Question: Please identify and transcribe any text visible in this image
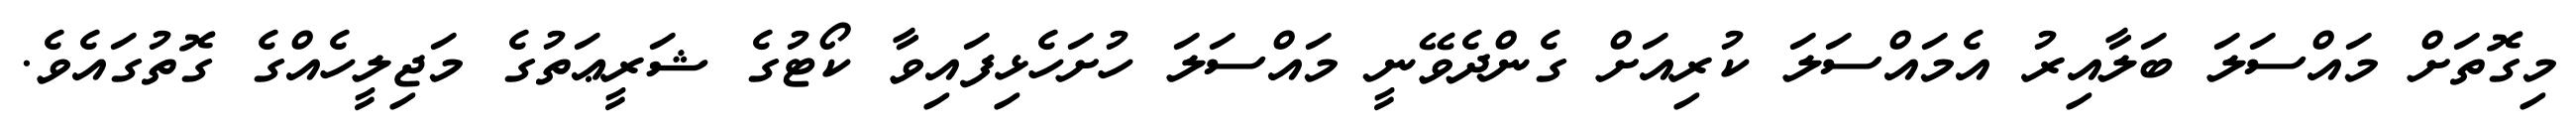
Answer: މިގޮތަށް މައްސަލަ ބަލާއިރު އެމައްސަލަ ކުރިއަށް ގެންދެވޭނީ މައްސަލަ ހުށަހެޅިފައިވާ ކޯޓުގެ ޝަރީޢަތުގެ މަޖިލީހެއްގެ ގޮތުގައެވެ.